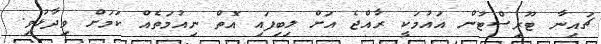
ޗައިނާ ޓޫރިސްޓުން އައުމަކީ ރާއްޖެ އަށް ލިބިފައި އޮތް ނިއުމަތެއް ކަމަށް ވިދާޅުވި.